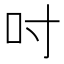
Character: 吋